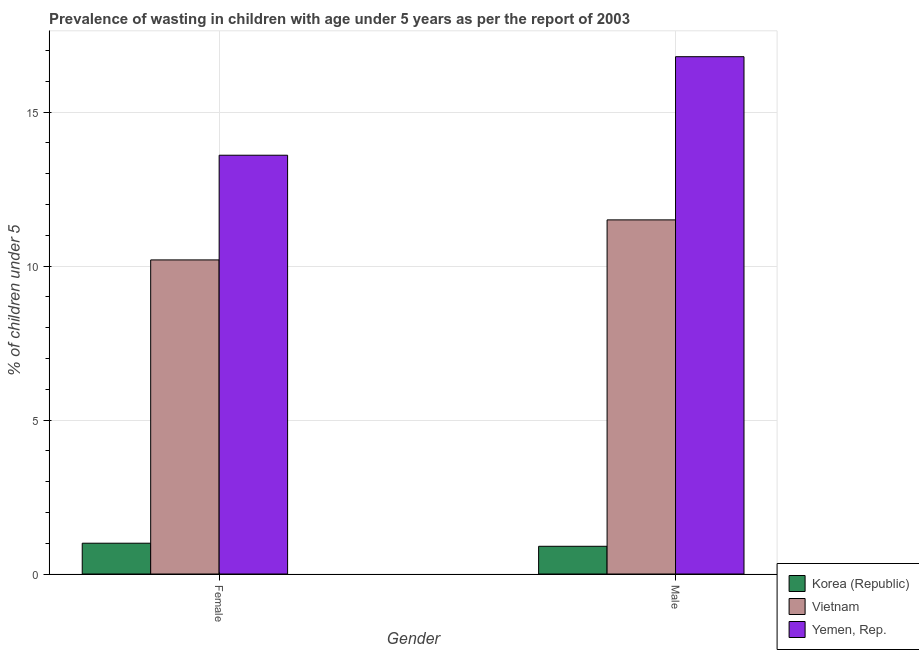
| Gender | Korea (Republic) | Vietnam | Yemen, Rep. |
 | --- | --- | --- | --- |
 | Female | 1 | 10.2 | 13.6 |
 | Male | 0.9 | 11.5 | 16.8 |